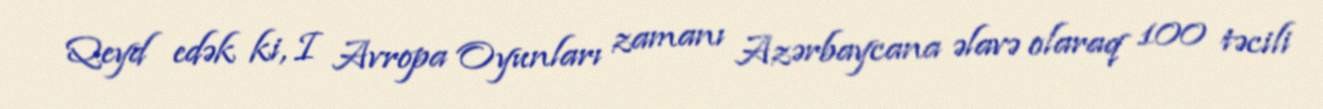
Qeyd edək ki, I Avropa Oyunları zamanı Azərbaycana əlavə olaraq 100 təcili